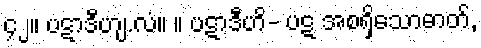
၄၂။ ပဋာဒီဟျ.လံ။ ။ ပဋာဒီဟိ- ပဋ အစရှိသောဓာတ်,